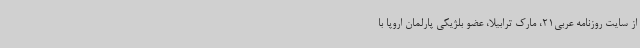
از سایت روزنامه عربی21، مارک ترابیلا، عضو بلژیکی پارلمان اروپا با